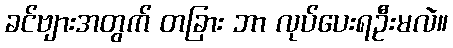
ခင်ဗျားအတွက် တခြား ဘာ လုပ်ပေးရဦးမလဲ။